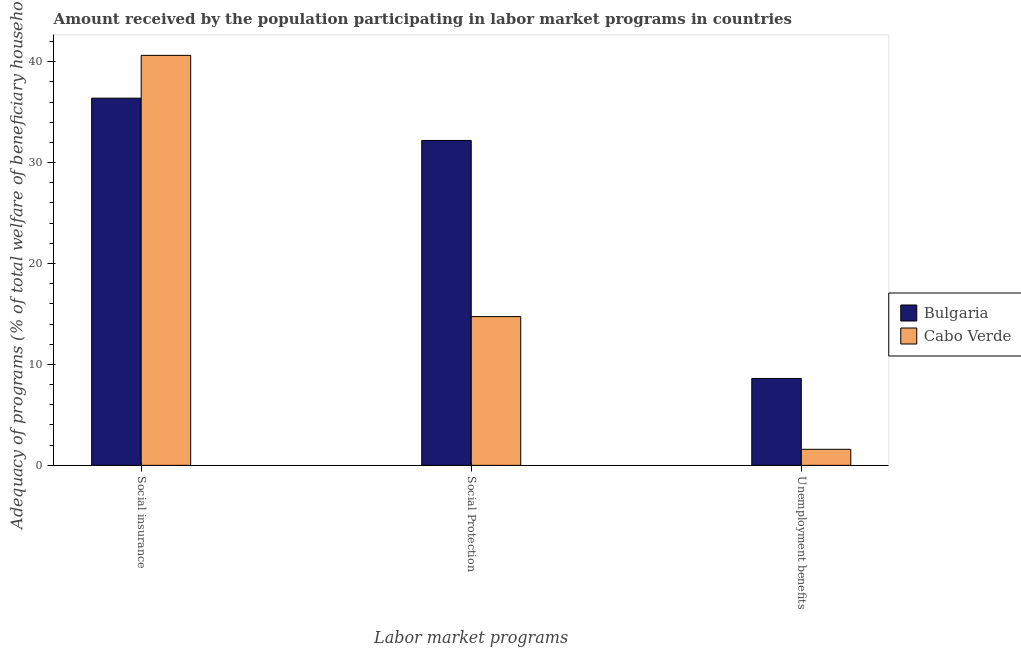
| Labor market programs | Bulgaria | Cabo Verde |
 | --- | --- | --- |
 | Social insurance | 36.4 | 40.6 |
 | Social Protection | 32.2 | 14.7 |
 | Unemployment benefits | 8.61 | 1.59 |